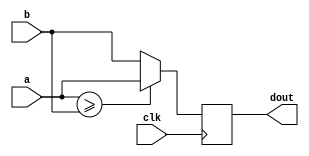
module cal_comparator_two#(
	parameter WIDTH=8
)
(
	input clk,
	input signed [WIDTH-1:0] a,
	input signed [WIDTH-1:0] b,
	output reg signed [WIDTH-1:0] dout
);

	always@(posedge clk) begin
		if(a>=b) begin
			dout<=a;
		end else begin
			dout<=b;
		end
	end

endmodule